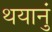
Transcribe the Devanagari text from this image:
थयानुं